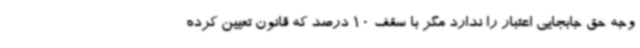
وجه حق جابجایی اعتبار را ندارد مگر با سقف 10 درصد که قانون تعیین کرده